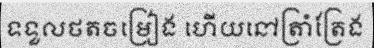
ទទួលថតចម្រៀង ហើយនៅត្រាំត្រែង